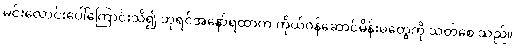
မင်းလောင်းပေါ်ကြောင်းသိ၍ ဘုရင်အနော်ရထာက ကိုယ်ဝန်ဆောင်မိန်းမတွေကို သတ်စေ သည်။